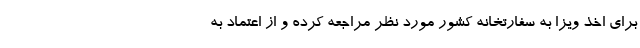
برای اخذ ویزا به سفارتخانه کشور مورد نظر مراجعه کرده و از اعتماد به